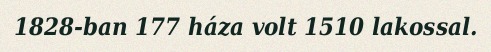
1828-ban 177 háza volt 1510 lakossal.